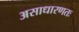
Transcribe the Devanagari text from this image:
असाधारणतः